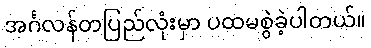
အင်္ဂလန်တပြည်လုံးမှာ ပထမစွဲခဲ့ပါတယ်။